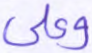
وعلى